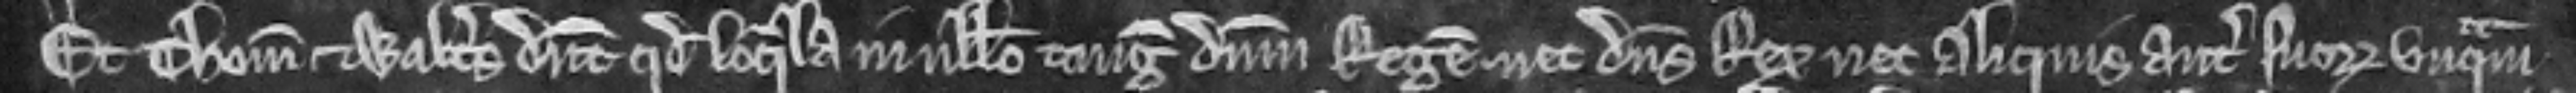
Et Thomas et Walterus dicunt quod loquela in nullo tangit dominum Regem nec dominus   Rex nec aliquis antecessorum suorum unquam